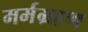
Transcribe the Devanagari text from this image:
मर्मग्रहण